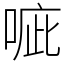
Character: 㖢